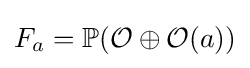
F_{a}=\mathbb {P} ({\mathcal {O}}\oplus {\mathcal {O}}(a))